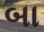
બા